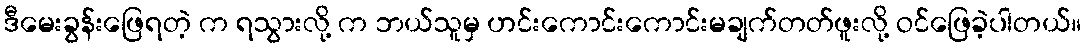
ဒီမေးခွန်းဖြေရတဲ့ က ရသွားလို့ က ဘယ်သူမှ ဟင်းကောင်းကောင်းမချက်တတ်ဖူးလို့ ဝင်ဖြေခဲ့ပါတယ်။